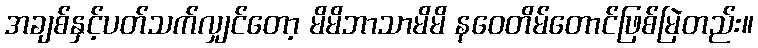
အချစ်နှင့်ပတ်သက်လျှင်တော့ မိမိဘာသာမိမိ နဝေတိမ်တောင်ဖြစ်မြဲတည်း။